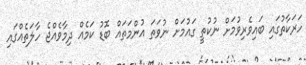
ހަރަކާތުގައި ބައިވެރިވުމަށް ނުކުތީ ގައުމަށް ނުވަތަ އުންމަތައް ބޮޑު ކަމެއް ދިމާވެއްޖެ ހާލަތެއްގައި